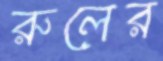
রুলের